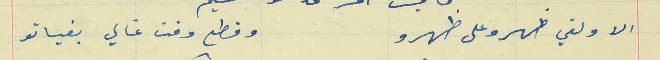
الا ولقي ظهرو على ظهرو                                       وقطع وقت غالي بفياتو